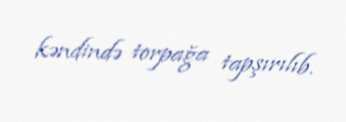
kəndində torpağa tapşırılıb.